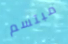
مبتسم